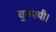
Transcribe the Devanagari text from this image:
चुकायी।